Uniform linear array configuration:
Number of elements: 48
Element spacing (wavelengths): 0.25
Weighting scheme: hann
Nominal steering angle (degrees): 60
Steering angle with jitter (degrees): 59.01
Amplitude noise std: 0.05
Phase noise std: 0.05

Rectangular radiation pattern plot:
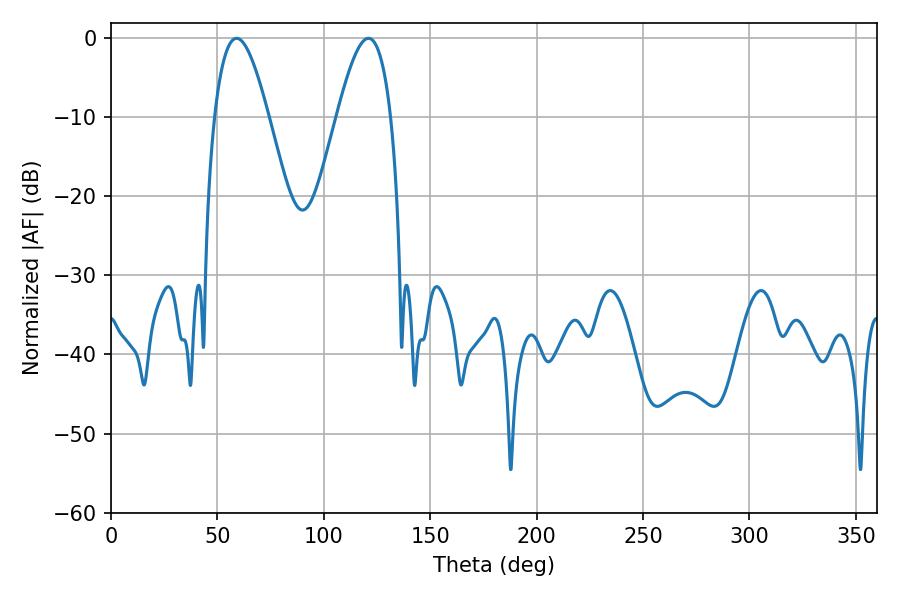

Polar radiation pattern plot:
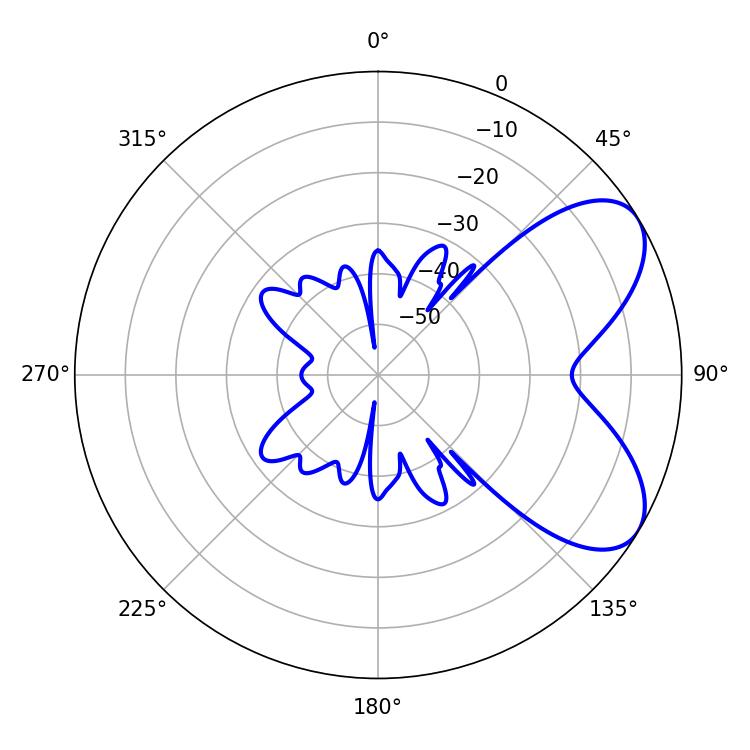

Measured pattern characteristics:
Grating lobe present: FALSE
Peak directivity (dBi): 6.449
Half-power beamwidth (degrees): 13.68
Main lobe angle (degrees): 59.04